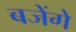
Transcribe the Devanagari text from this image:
बजेंगे